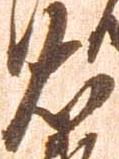
右